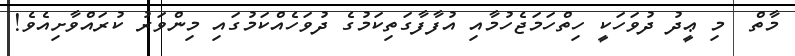
މާތް  މި ޢީދު ދުވަހަކީ ހިތްހަމަޖެހުމާއި އުފާފާގަތިކަމުގެ ދުވަހެއްކަމުގައި މިންވަރު ކުރައްވާށިއެވެ!